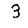
Digit: 3